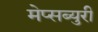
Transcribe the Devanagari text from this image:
मेप्सब्युरी